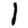
Digit: 1